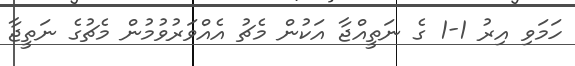
ހަމަވި އިރު 1-1 ގެ ނަތީއްޖާ އަކުން މެޗު އެއްވަރުވުމުން މެޗުގެ ނަތީޖާ